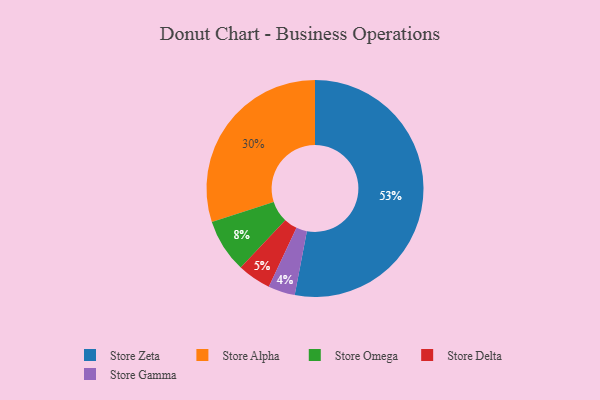
{"axis": {"x": "Category", "y": "Percentage"}, "legend": ["Store Alpha", "Store Delta", "Store Gamma", "Store Omega", "Store Zeta"], "data": [{"x": "Store Gamma", "y": 4, "type": "Store Gamma"}, {"x": "Store Zeta", "y": 53, "type": "Store Zeta"}, {"x": "Store Delta", "y": 5, "type": "Store Delta"}, {"x": "Store Omega", "y": 8, "type": "Store Omega"}, {"x": "Store Alpha", "y": 30, "type": "Store Alpha"}]}